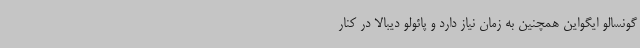
گونسالو ایگواین همچنین به زمان نیاز دارد و پائولو دیبالا در کنار